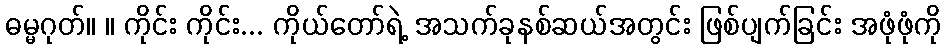
ဓမ္မဂုတ်။ ။ ကိုင်း ကိုင်း... ကိုယ်တော်ရဲ့ အသက်ခုနစ်ဆယ်အတွင်း ဖြစ်ပျက်ခြင်း အဖုံဖုံကို